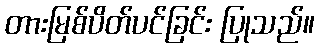
တားမြစ်ပိတ်ပင်ခြင်း ပြုသည်။